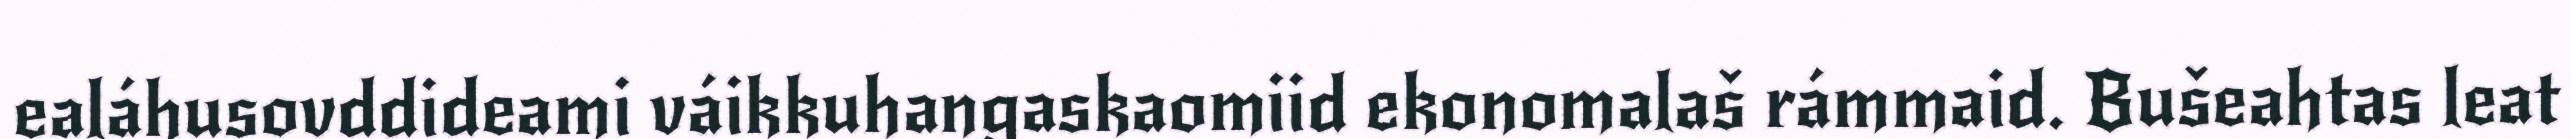
ealáhusovddideami váikkuhangaskaomiid ekonomalaš rámmaid. Bušeahtas leat